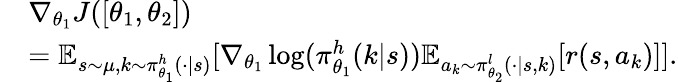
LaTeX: \begin{array}{rl}&{\nabla_{\theta_{1}}J(\left[\theta_{1},\theta_{2}\right])}\\ &{=\mathbb{E}_{s\sim\mu,k\sim\pi_{\theta_{1}}^{h}(\cdot|s)}[\nabla_{\theta_{1}}\log(\pi_{\theta_{1}}^{h}(k|s))\mathbb{E}_{a_{k}\sim\pi_{\theta_{2}}^{l}(\cdot|s,k)}[r(s,a_{k})]].}\end{array}